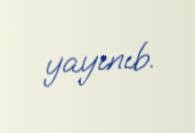
yayınıb.